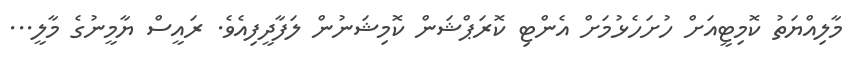
މާލިއްޔަތު ކޮމިޓީއަށް ހުށަހެޅުމަށް އެންޓި ކޮރަޕްޝަން ކޮމިޝަނުން ލަފާދީފިއެވެ. ރައީސް ޔާމީނުގެ މާލީ...